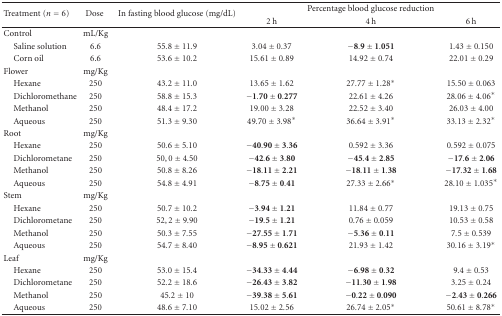
<table><thead><tr><td rowspan="2"><b>Treatment (<i>n</i> = 6)</b></td><td rowspan="2"><b>Dose </b></td><td rowspan="2"><b>In fasting blood glucose (mg/dL)</b></td><td><b> </b></td><td><b>Percentage blood glucose reduction</b></td><td><b> </b></td></tr><tr><td><b> 2 h</b></td><td><b>4 h</b></td><td><b>6 h</b></td></tr></thead><tbody><tr><td>Control</td><td>mL/Kg</td><td> </td><td> </td><td> </td><td> </td></tr><tr><td> Saline solution</td><td>6.6</td><td>55.8 ± 11.9</td><td>3.04 ± 0.37</td><td>−8.9 ± 1.051</td><td>1.43 ± 0.150</td></tr><tr><td> Corn oil</td><td>6.6 </td><td>53.6 ± 10.2</td><td>15.61 ± 0.89</td><td>14.92 ± 0.74</td><td>22.01 ± 0.29</td></tr><tr><td>Flower</td><td>mg/Kg</td><td> </td><td> </td><td> </td><td> </td></tr><tr><td> Hexane</td><td>250</td><td>43.2 ± 11.0</td><td>13.65 ± 1.62</td><td>27.77 ± 1.28*</td><td>15.50 ± 0.063</td></tr><tr><td> Dichloromethane</td><td>250</td><td>58.8 ± 15.3</td><td>−1.70 ± 0.277</td><td>22.61 ± 4.26</td><td>28.06 ± 4.06*</td></tr><tr><td> Methanol</td><td>250</td><td>48.4 ± 17.2</td><td>19.00 ± 3.28</td><td>22.52 ± 3.40</td><td>26.03 ± 4.00</td></tr><tr><td> Aqueous</td><td>250</td><td>51.3 ± 9.30</td><td>49.70 ± 3.98*</td><td>36.64 ± 3.91*</td><td>33.13 ± 2.32*</td></tr><tr><td>Root</td><td>mg/Kg</td><td> </td><td> </td><td> </td><td> </td></tr><tr><td> Hexane</td><td>250</td><td>50.6 ± 5.10</td><td>−40.90 ± 3.36</td><td>0.592 ± 3.36</td><td>0.592 ± 0.075</td></tr><tr><td> Dichlorometane </td><td>250</td><td>50,0 ± 4.50</td><td>−42.6 ± 3.80</td><td>−45.4 ± 2.85</td><td>−17.6 ± 2.06</td></tr><tr><td> Methanol</td><td>250</td><td>50.8 ± 8.26</td><td>−18.11 ± 2.21</td><td>−18.11 ± 1.38</td><td>−17.32 ± 1.68</td></tr><tr><td> Aqueous</td><td>250</td><td>54.8 ± 4.91</td><td>−8.75 ± 0.41</td><td>27.33 ± 2.66*</td><td>28.10 ± 1.035*</td></tr><tr><td>Stem</td><td>mg/Kg</td><td> </td><td> </td><td> </td><td> </td></tr><tr><td> Hexane</td><td>250</td><td>50.7 ± 10.2</td><td>−3.94 ± 1.21</td><td>11.84 ± 0.77</td><td>19.13 ± 0.75</td></tr><tr><td> Dichlorometane </td><td>250</td><td>52,2 ± 9.90</td><td>−19.5 ± 1.21</td><td>0.76 ± 0.059</td><td>10.53 ± 0.58</td></tr><tr><td> Methanol</td><td>250</td><td>50.3 ± 7.55</td><td>−27.55 ± 1.71</td><td>−5.36 ± 0.11</td><td>7.5 ± 0.539</td></tr><tr><td> Aqueous</td><td>250</td><td>54.7 ± 8.40</td><td>−8.95 ± 0.621</td><td>21.93 ± 1.42</td><td>30.16 ± 3.19*</td></tr><tr><td>Leaf</td><td>mg/Kg</td><td> </td><td> </td><td> </td><td> </td></tr><tr><td> Hexane</td><td>250</td><td>53.0 ± 15.4</td><td>−34.33 ± 4.44</td><td>−6.98 ± 0.32</td><td>9.4 ± 0.53</td></tr><tr><td> Dichlorometane </td><td>250</td><td>52.2 ± 18.6</td><td>−26.43 ± 3.82</td><td>−11.30 ± 1.98</td><td>3.25 ± 0.24</td></tr><tr><td> Methanol</td><td>250</td><td>45.2 ± 10</td><td>−39.38 ± 5.61</td><td>−0.22 ± 0.090</td><td>−2.43 ± 0.266</td></tr><tr><td> Aqueous</td><td>250</td><td>48.6 ± 7.10</td><td>15.02 ± 2.56</td><td>26.74 ± 2.05*</td><td>50.61 ± 8.78*</td></tr></tbody></table>